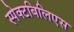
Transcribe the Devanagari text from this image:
स्पेक्टबिलिएस